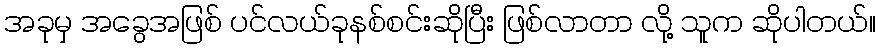
အခုမှ အခွေအဖြစ် ပင်လယ်ခုနစ်စင်းဆိုပြီး ဖြစ်လာတာ လို့ သူက ဆိုပါတယ်။